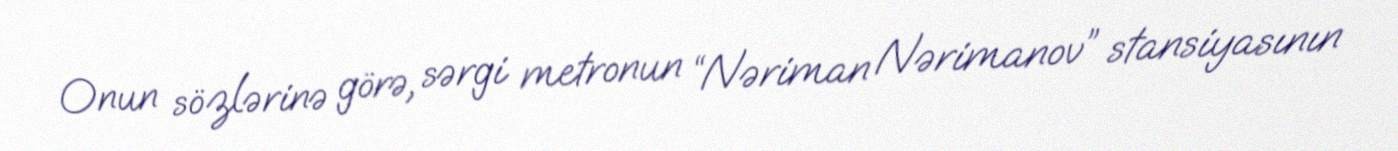
Onun sözlərinə görə, sərgi metronun “Nəriman Nərimanov” stansiyasının